Black-water fever - Number 35
Disease focus: Fever
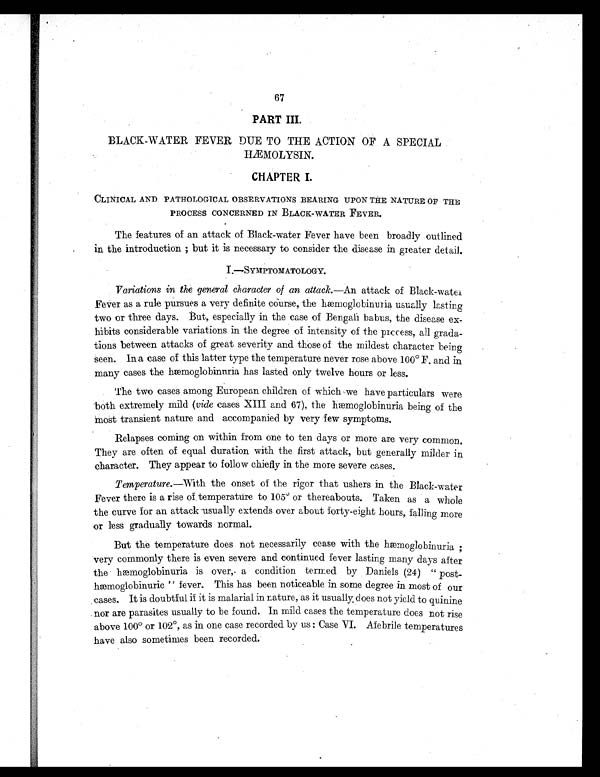
67
PART III.
BLACK-WATER FEVER DUE TO THE ACTION OF A SPECIAL
HÆMOLYSIN.
CHAPTER I.
CLINICAL AND PATHOLOGICAL OBSERVATIONS BEARING UPON THE NATURE OF THE
PROCESS CONCERNED IN BLACK-WATER FEVER.
The features of an attack of Black-water Fever have been broadly outlined
in the introduction ; but it is necessary to consider the disease in greater detail.
I . — S Y M P T O M A T O L O G Y .
Variations in the general character of an attack. —An attack of Black-water
Fever as a rule pursues a very definite course, the hæmoglobinuria usually lasting
two or three days. But, especially in the case of Bengali babus, the disease ex-
hibits considerable variations in the degree of intensity of the process, all grada-
tions between attacks of great severity and those of the mildest character being
s een. In a case of this latter type the temperature never rose above 100° F. and in
many cases the hæmoglobinuria has lasted only twelve hours or less.
The two cases among European children of which we have particulars were
both extremely mild (vide cases XIII and 67), the hæmoglobinuria being of the
most transient nature and accompanied by very few symptoms.
Relapses coming on within from one to ten days or more are very common.
They are often of equal duration with the first attack, but generally milder in
character. They appear to follow chiefly in the more severe cases.
Temperature.—With the onset of the rigor that ushers in the Black-water
Fever there is a rise of temperature to 105° or thereabouts. Taken as a whole
the curve for an attack usually extends over about forty-eight hours, falling more
or less gradually towards normal.
But the temperature does not necessarily cease with the hæmoglobinuria
; v e r y c o m m o n l y t h e r e i s e v e n s e v e r e a n d c o n t i n u e d f e v e r l a s t i n g m a n y d a y s a f t e r
the hæmoglobinuria is over, a condition termed by Daniels (24) " post-
hæmoglobinuric " fever. This has been noticeable in some degree in most of our
cases. It is doubtful if it is malarial in nature, as it usually does not yield to quinine
nor are parasites usually to be found. In mild cases the temperature does not rise
above 100° or 102°, as in one case recorded by us : Case VI. Afebrile temperatures
have also sometimes been recorded.